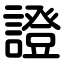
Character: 證